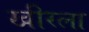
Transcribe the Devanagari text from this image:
खीरला